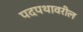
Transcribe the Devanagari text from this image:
पदपथावरील